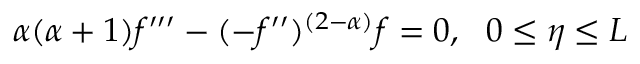
\alpha ( \alpha + 1 ) f ^ { \prime \prime \prime } - ( - f ^ { \prime \prime } ) ^ { ( 2 - \alpha ) } f = 0 , ~ ~ 0 \le \eta \le L